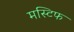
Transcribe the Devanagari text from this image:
मस्टिफ